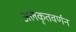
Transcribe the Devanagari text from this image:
अलंकृतवर्णन